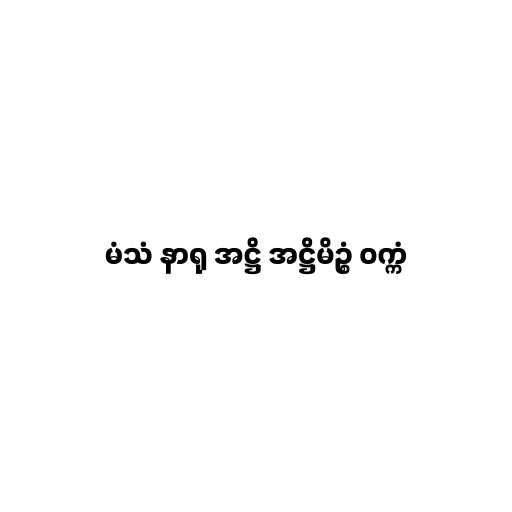
မံသံ နာရု အဋ္ဌိ အဋ္ဌိမိဥ္စံ ဝက္ကံ